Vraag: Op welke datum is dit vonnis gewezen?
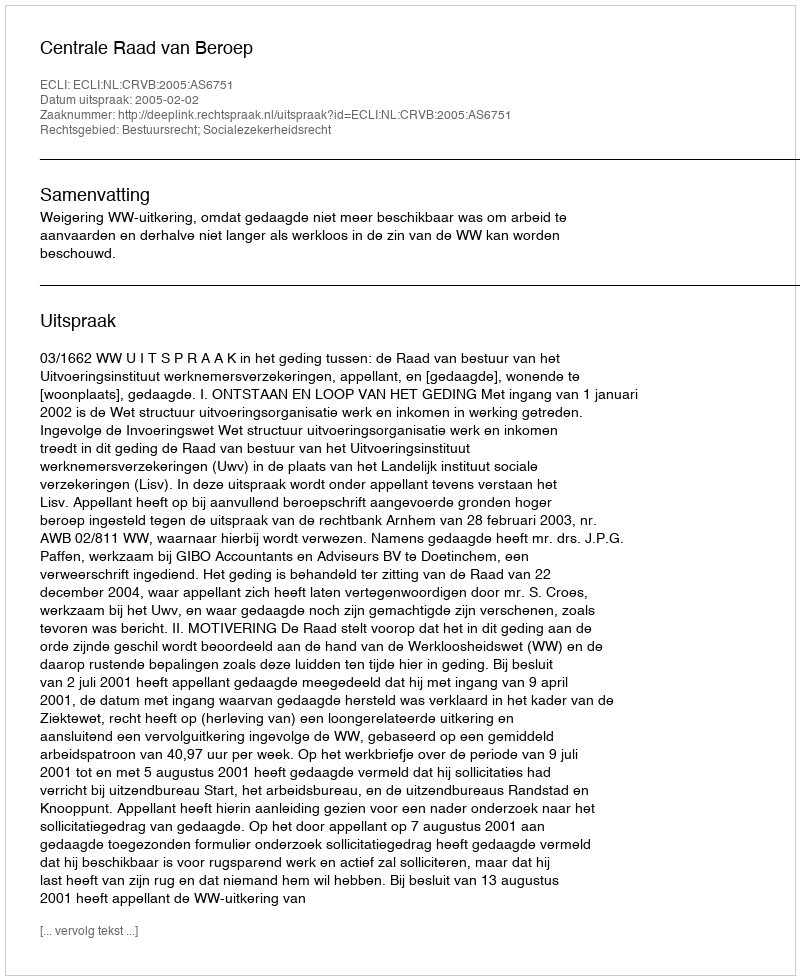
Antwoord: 2005-02-02